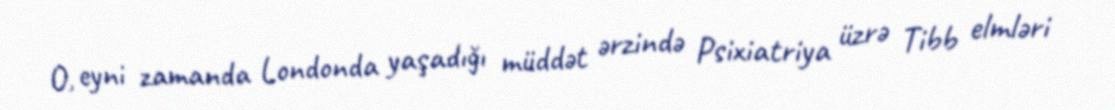
O, eyni zamanda Londonda yaşadığı müddət ərzində Psixiatriya üzrə Tibb elmləri